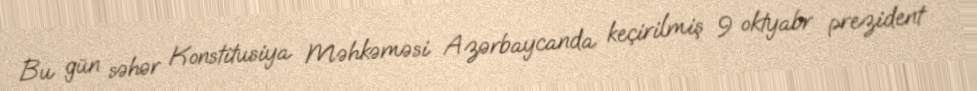
Bu gün səhər Konstitusiya Məhkəməsi Azərbaycanda keçirilmiş 9 oktyabr prezident